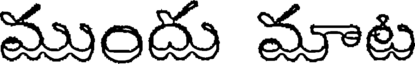
ముందు మాట